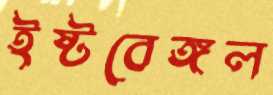
ইষ্টবেঙ্গল